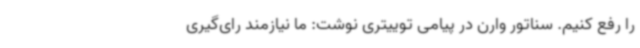
را رفع کنیم. سناتور وارن در پیامی توییتری نوشت: ما نیازمند رای‌گیری